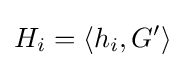
H_{i}=\langle h_{i},G'\rangle